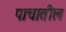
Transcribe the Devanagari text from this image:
पाचातील